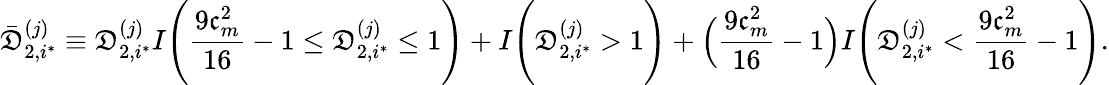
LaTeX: \bar{\mathfrak{D}}_{2,i^{*}}^{(j)}\equiv\mathfrak{D}_{2,i^{*}}^{(j)}I\Bigg(\frac{9\mathfrak{c}_{m}^{2}}{16}-1\leq\mathfrak{D}_{2,i^{*}}^{(j)}\leq 1\Bigg)+I\Bigg(\mathfrak{D}_{2,i^{*}}^{(j)}>1\Bigg)+\Big(\frac{9\mathfrak{c}_{m}^{2}}{16}-1\Big)I\Bigg(\mathfrak{D}_{2,i^{*}}^{(j)}<\frac{9\mathfrak{c}_{m}^{2}}{16}-1\Bigg).